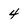
Character: 4